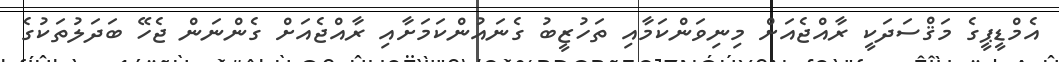
އެމްޑީޕީގެ މަޤްސަދަކީ ރާއްޖެއަށް މިނިވަންކަމާއި ތަހުޒީބު ގެނައުންކަމަށާއި ރާއްޖެއަށް ގެންނަން ޖެހޭ ބަދަލުތަކުގެ